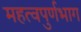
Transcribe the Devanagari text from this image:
महत्वपुर्णभाग